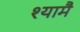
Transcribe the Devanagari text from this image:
श्यामै